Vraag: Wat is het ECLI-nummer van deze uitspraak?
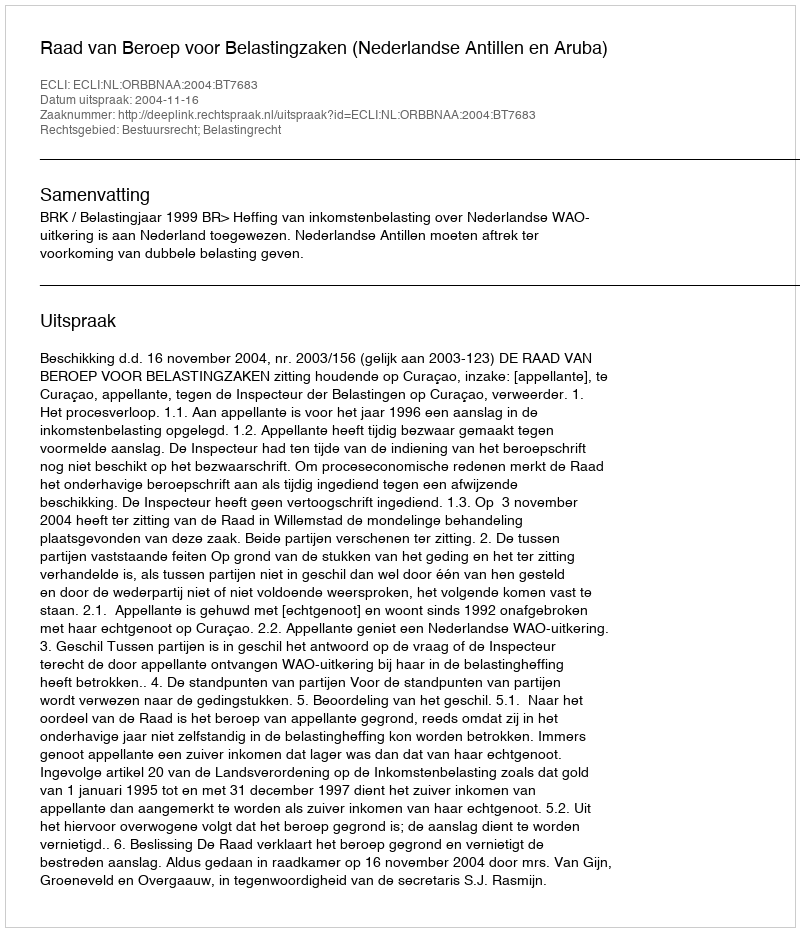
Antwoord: ECLI:NL:ORBBNAA:2004:BT7683